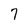
Character: 7